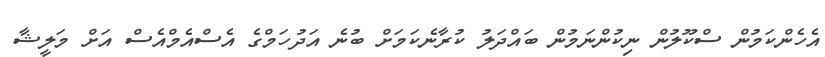
އެހެންކަމުން ސްކޫލުން ނިކުންނަމުން ބައްދަލު ކުރާނެކަމަށް ބުނެ އަދުހަމްގެ އެސްއެމްއެސް އަށް މަލީޝާ